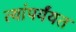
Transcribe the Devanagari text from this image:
त्यांपर्यंयत